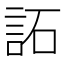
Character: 𧦳